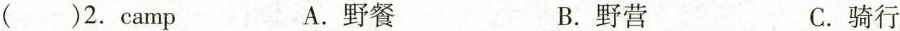
( )2. camp A. 野餐 C. 输